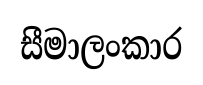
සීමාලංකාර